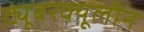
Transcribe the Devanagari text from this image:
ट्यूबरक्यूलीन